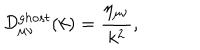
{ \cal D } _ { { \mu } { \nu } } ^ { g h o s t } ( k ) = \frac { \eta _ { { \mu } { \nu } } } { k ^ { 2 } } ,